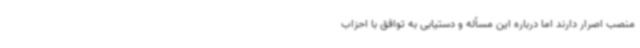
منصب اصرار دارند اما درباره این مسأله و دستیابی به توافق با احزاب